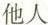
他人